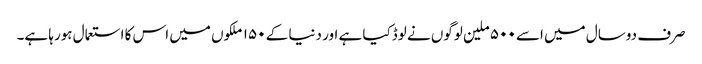
صرف دوسال میں اسے ۵۰۰ ملین لوگوں نے لوڈکیا ہے اور دنیا کے ۱۵۰ ملکوں میں اس کا استعمال ہورہا ہے۔